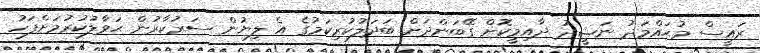
ރައީސް މުޙައްމަދު ނަޝީދު ދާއިމީކޮށް ގޭބަންދަށް ބަދަލުކުރިކަމުގެ އެ ލިޔުން ސަރުކާރުން ޙަވާލުކުރުމަށްފަހު